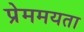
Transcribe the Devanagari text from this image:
प्रेममयता